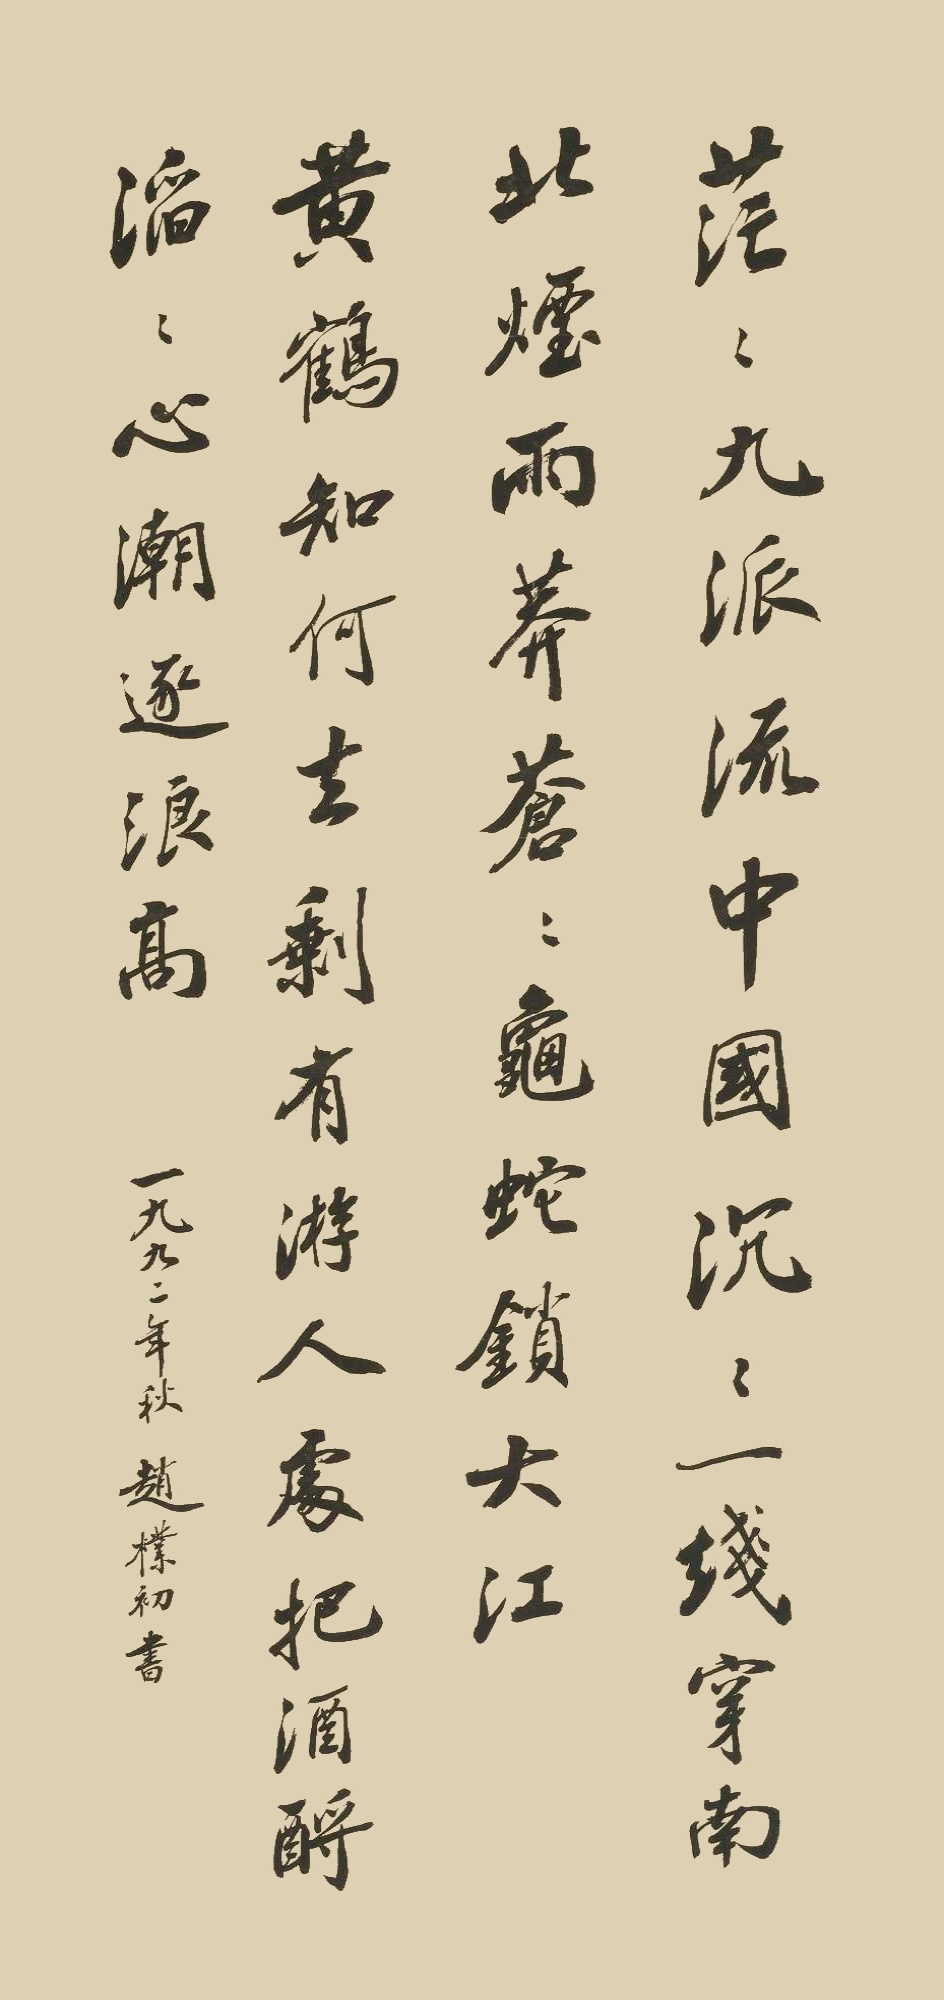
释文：茫茫九派流中国，沉沉一线穿南北。烟雨莽苍苍，龟蛇锁大江。黄鹤知何去？剩有游人处。把酒酹滔滔，心潮逐浪高！一九九二年秋，赵朴初书。